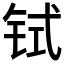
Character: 𫟸